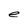
Character: e